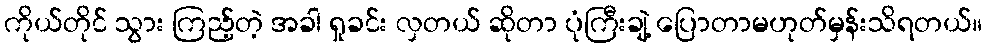
ကိုယ်တိုင် သွား ကြည့်တဲ့ အခါ ရှုခင်း လှတယ် ဆိုတာ ပုံကြီးချဲ့ ပြောတာမဟုတ်မှန်းသိရတယ်။